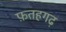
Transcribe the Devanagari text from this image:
फ़तहगढ़